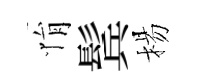
悁鬂楊